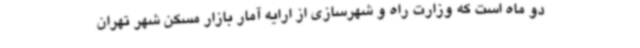
دو ماه است که وزارت راه و شهرسازی از ارایه آمار بازار مسکن شهر تهران